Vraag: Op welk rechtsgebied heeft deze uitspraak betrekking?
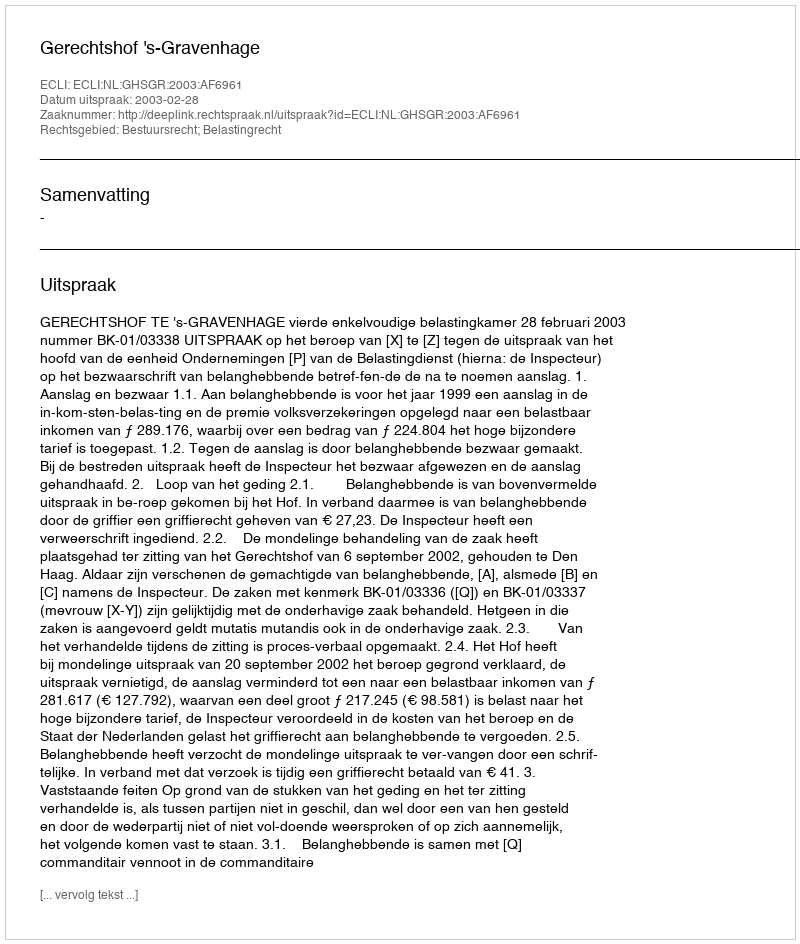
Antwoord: Bestuursrecht; Belastingrecht